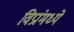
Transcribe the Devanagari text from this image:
विप्रांमध्ये